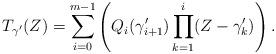
LaTeX: \begin{align*}T_{\gamma'}(Z) = \sum_{i=0}^{m-1}\left(Q_i(\gamma_{i+1}')\prod_{k=1}^{i} (Z -\gamma_k')\right).\end{align*}